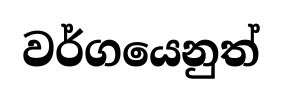
වර්ගයෙනුත්